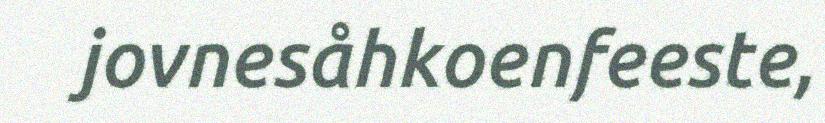
jovnesåhkoenfeeste,